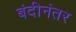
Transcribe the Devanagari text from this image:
बंदीनंतर